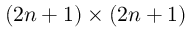
( 2 n + 1 ) \times ( 2 n + 1 )